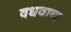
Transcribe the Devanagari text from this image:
वधवाण